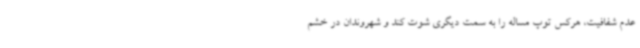
عدم شفافیت، هرکس توپ مساله را به سمت دیگری شوت کند و شهروندان در خشم